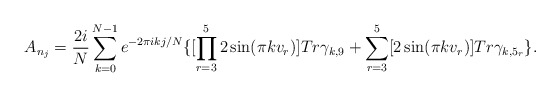
\begin{align*}A_{n_j}= \frac{2i}{N}\sum_{k=0}^{N-1}e^{-2\pi i kj/N}\{[ \prod_{r=3}^{5} 2 \sin ( \pi k v_r ) ] Tr\gamma_{k,9} +\sum_{r=3}^{5} [ 2 \sin (\pi k v_r ) ] Tr \gamma_{k, 5_r}\}.\end{align*}